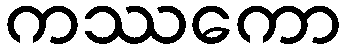
ကဿကော